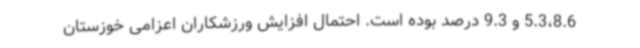
5.3،8.6 و 9.3 درصد بوده است. احتمال افزایش ورزشکاران اعزامی خوزستان